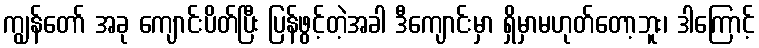
ကျွန်တော် အခု ကျောင်းပိတ်ပြီး ပြန်ဖွင့်တဲ့အခါ ဒီကျောင်းမှာ ရှိမှာမဟုတ်တော့ဘူး၊ ဒါကြောင့်